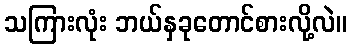
သကြားလုံး ဘယ်နှခုတောင်စားလို့လဲ။